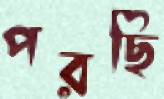
পরছি